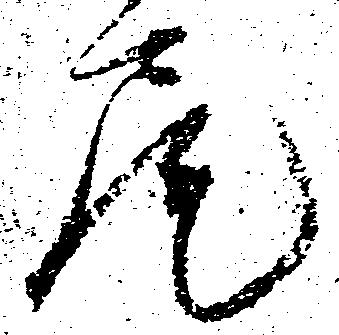
尾